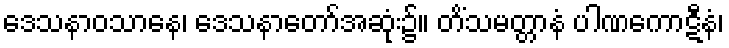
ဒေသနာဝသာနေ၊ ဒေသနာတော်အဆုံး၌။ တိံသမတ္တာနံ ပါဏကောဋီနံ၊